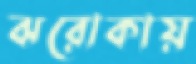
ঝরোকায়